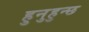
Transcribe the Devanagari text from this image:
हुनुहुन्छ